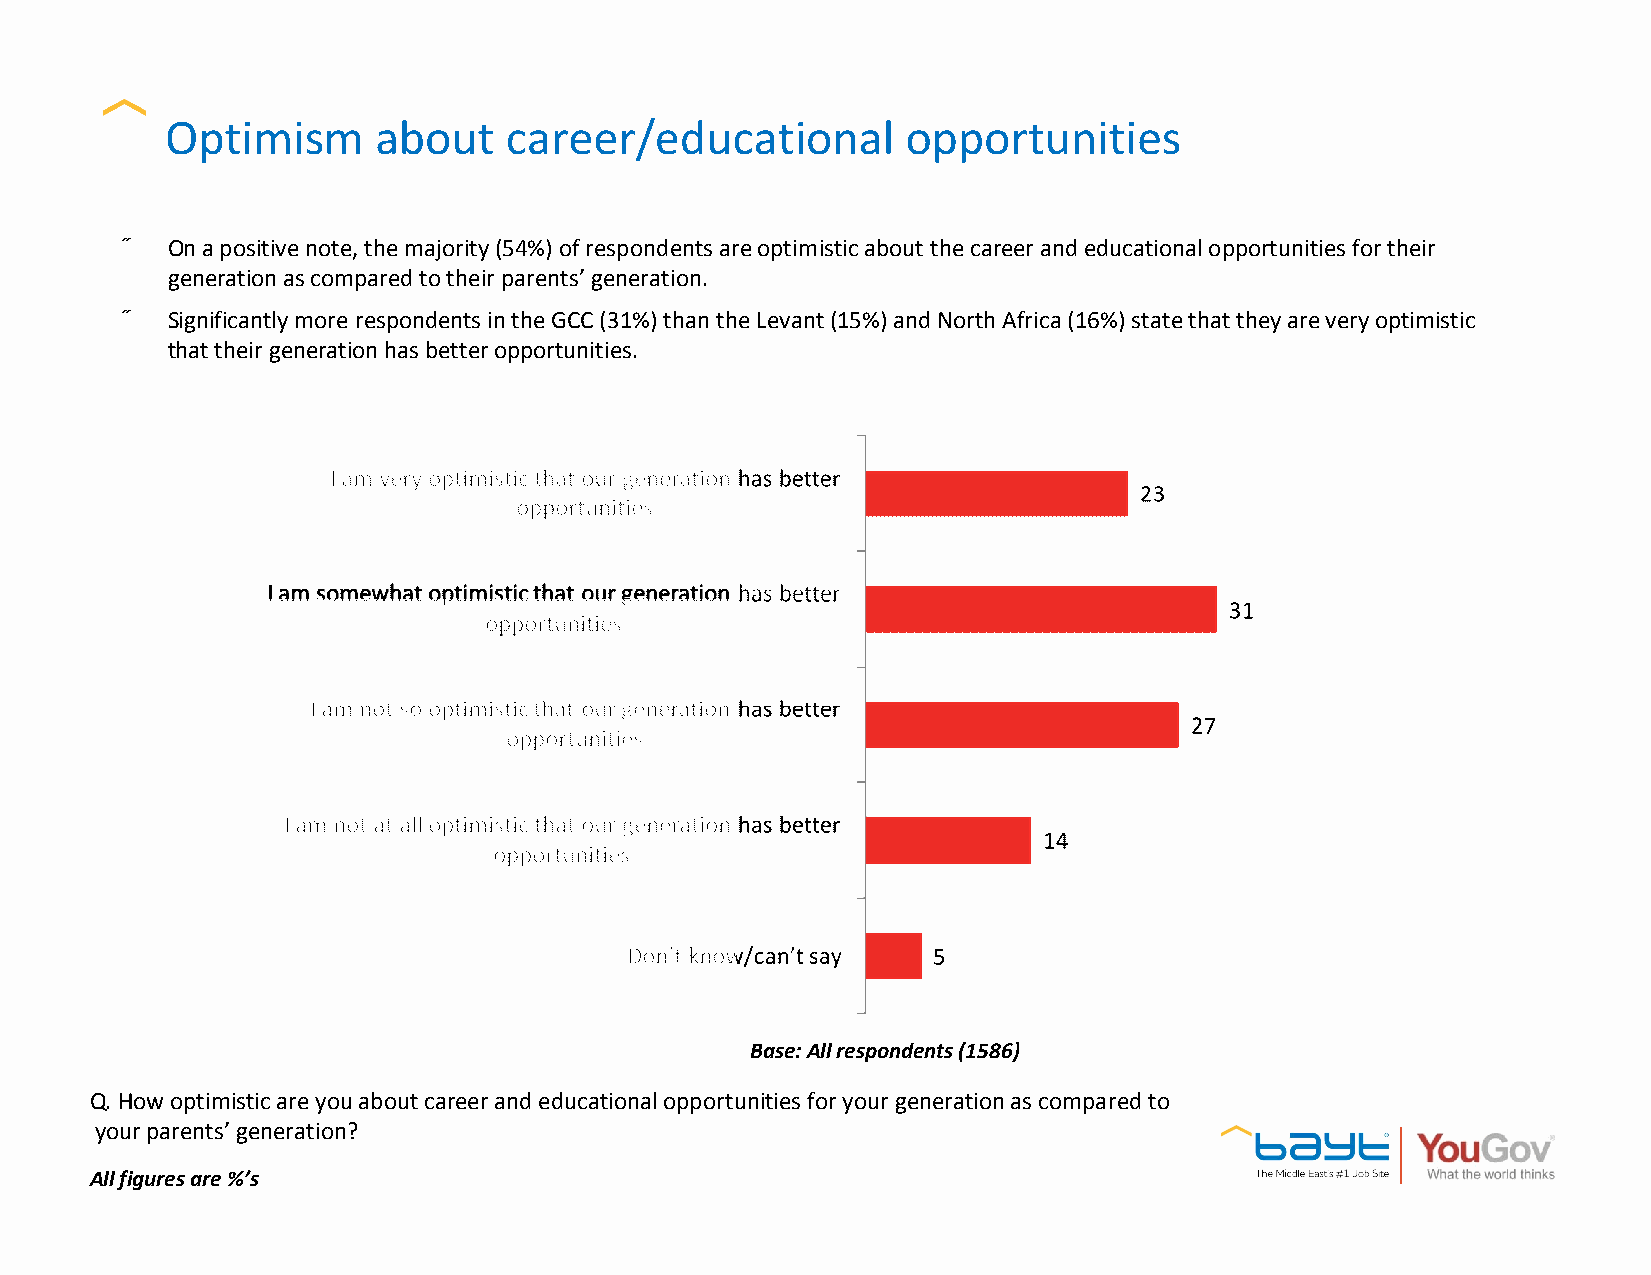
Optimism      about   career/educational         opportunities
 •  On a positive note, the majority (54%) of respondents are optimistic about the career and educational opportunities for their
 generation as compared to their parents’generation.
 •  Significantly more respondents in the GCC (31%) than the Levant (15%) and North Africa (16%) state that they are very optimistic
 that their generation has better opportunities.
 Base: All respondents (1586)
 Q. How optimistic are you about career and educational opportunities for your generation as compared to
 your parents’generation?
 All figures are %’s